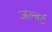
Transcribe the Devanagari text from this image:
जल्बर्ट